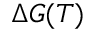
\Delta G ( T )